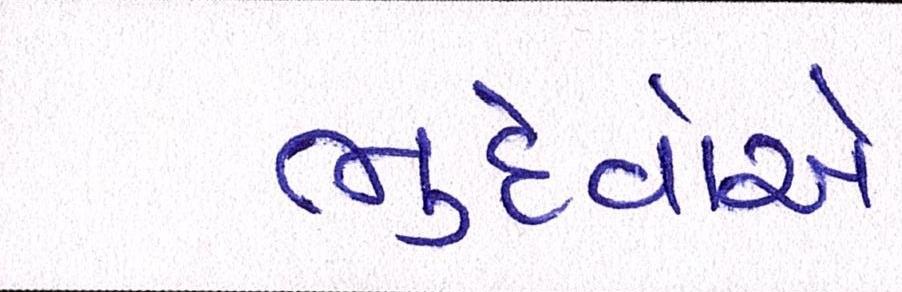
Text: ભુદેવોએ